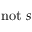
\mathrm { n o t } ~ s